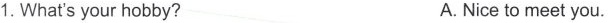
1. What's your hobby? A. Nice to meet you.